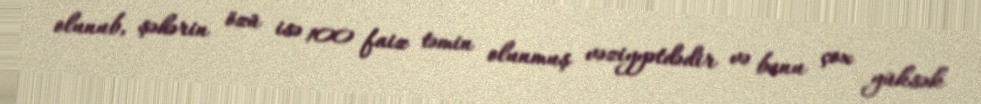
olunub, şəhərin özü isə 100 faiz təmin olunmuş vəziyyətdədir və bunu çox yüksək